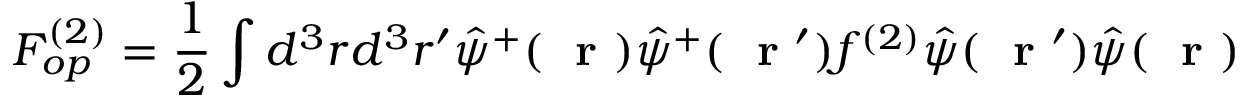
F _ { o p } ^ { ( 2 ) } = \frac { 1 } { 2 } \int d ^ { 3 } r d ^ { 3 } r ^ { \prime } \hat { \psi } ^ { + } ( \mathrm { ~ \bf ~ r ~ } ) \hat { \psi } ^ { + } ( \mathrm { ~ \bf ~ r ~ } ^ { \prime } ) f ^ { ( 2 ) } \hat { \psi } ( \mathrm { ~ \bf ~ r ~ } ^ { \prime } ) \hat { \psi } ( \mathrm { ~ \bf ~ r ~ } )